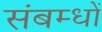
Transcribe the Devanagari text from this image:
संबम्धों